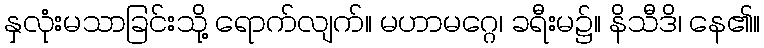
နှလုံးမသာခြင်းသို့ ရောက်လျက်။ မဟာမဂ္ဂေ၊ ခရီးမ၌။ နိသီဒိ၊ နေ၏။